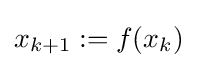
{\textstyle x_{k+1}:=f(x_{k})}